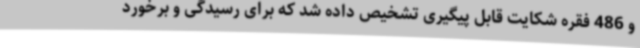
و 486 فقره شکایت قابل پیگیری تشخیص داده شد که برای رسیدگی و برخورد